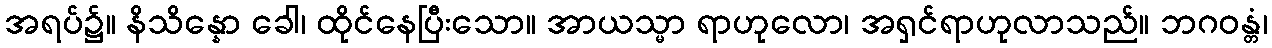
အရပ်၌။ နိသိန္နော ခေါ၊ ထိုင်နေပြီးသော။ အာယသ္မာ ရာဟုလော၊ အရှင်ရာဟုလာသည်။ ဘဂဝန္တံ၊